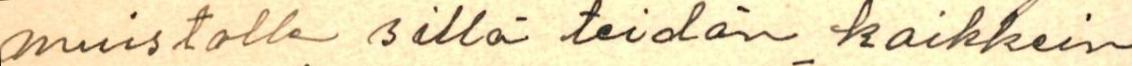
muistolle sillä teidän kaikkein